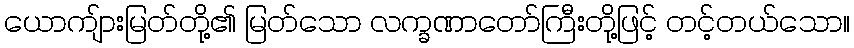
ယောကျ်ားမြတ်တို့၏ မြတ်သော လက္ခဏာတော်ကြီးတို့ဖြင့် တင့်တယ်သော။